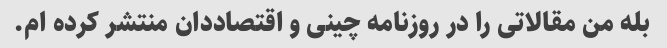
بله من مقالاتی را در روزنامه چینی و اقتصاددان منتشر کرده ام.